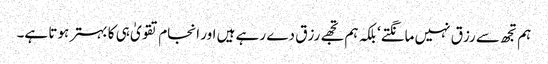
ہم تجھ سے رزق نہیں مانگتے‘ بلکہ ہم تجھے رزق دے رہے ہیں اور انجام تقویٰ ہی کا بہتر ہوتا ہے۔